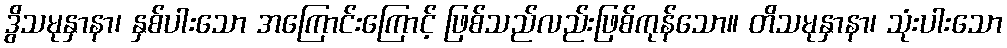
ဒွိသမုနှာနာ၊ နှစ်ပါးသော အကြောင်းကြောင့် ဖြစ်သည်လည်းဖြစ်ကုန်သော။ တိသမုနှာနာ၊ သုံးပါးသော